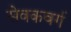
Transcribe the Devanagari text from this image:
सेवकवर्ग